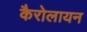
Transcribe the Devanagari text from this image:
कैरोलायन